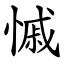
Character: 慽